Report of the Bombay Veterinary College
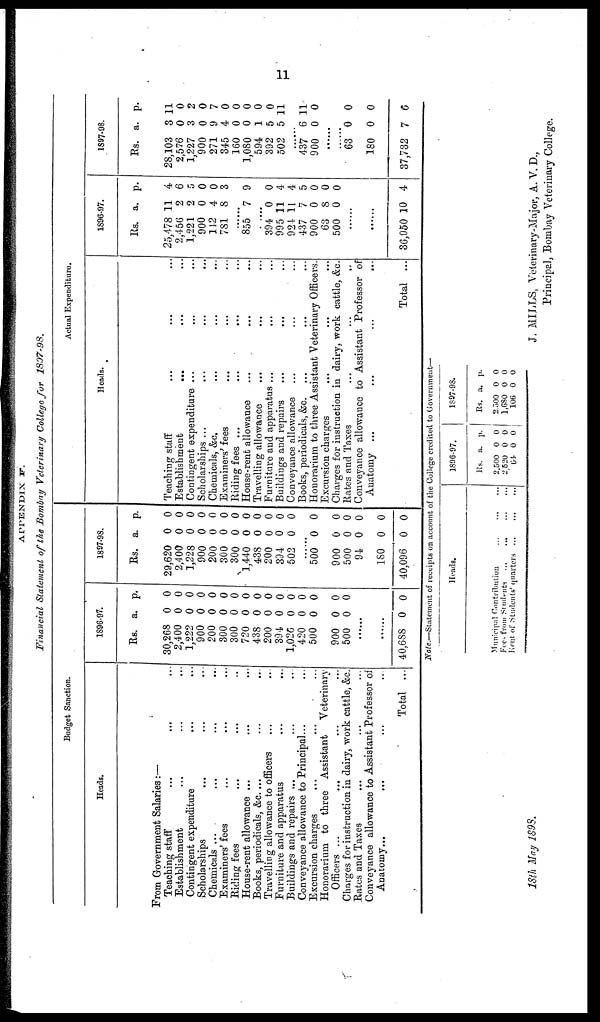
APPENDIX F.
Financial Statement of the Bombay Veterinary College for
1897-98.
Budget Sanction.
Heads.
From Government Salaries:—
Teaching staff ... ... ...
Establishment ... ... ...
Contingent expenditure ... ...
Scholarships ... ... ... ...
Chemicals ... ... ... ...
Examiners' fees ... ... ...
Riding fees ... ... ...
House-rent allowance ... ... ...
Books, periodicals, &c. ... ... ...
Travelling allowance to officers ... ...
Furniture and apparatus ... ...
Buildings and repairs ... ... ...
Conveyance allowance to Principal... ...
Excursion charges ... ... ...
Honorarium to three Assistant Veterinary
Officers ... ... ... ...
Charges for instruction in dairy, work cattle, &c.
Bates and Taxes ... ... ...
Conveyance allowance to Assistant Professor of
Anatomy... ... ... ...
Total ...
1896-97.
Rs.
30,268
2,400
1,222
900
200
300
300
720
438
200
394
1,026
420
500
900
500
a.
0
0
0
0
0
0
0
0
0
0
0
0
0
0
0
0
p.
0
0
0
0
0
0
0
0
0
0
0
0
0
0
0
0
......
......
40,688 0 0
1897-98.
Rs.
29,620
2,400
1,228
900
200
300
300
1,440
438
200
394
502
a.
0
0
0
0
0
0
0
0
0
0
0
0
p.
0
0
0
0
0
0
0
0
0
0
0
0
.......
500
900
500
94
180
40,096
0
0
0
0
0
0
0
0
0
0
0
0
Actual Expenditure.
Heads.
Teaching staff ... ... ...
Establishment ... ... ...
Contingent expenditure ... ... ...
Scholarships ... ... ... ...
Chemicals, &c. ... ... ...
Examiners' fees ... ... ...
Riding fees ... ... ... ...
House-rent allowance ... ... ...
Travelling allowance ... ... ...
Furniture and apparatus ... ... ...
Buildings and repairs ... ... ...
Conveyance allowance ... ... ...
Books, periodicals, &c. ... ... ...
Honorarium to three Assistant Veterinary Officers.
Excursion charges ... ... ...
Charges for instruction in dairy, work cattle, &c.
Rates and Taxes
...
...
...
Conveyance allowance to Assistant Professor of
Anatomy ...
...
...
...
Total ...
1896-97.
Rs.
25,478
2,456
1,221
900
142
781
a.
11
2
2
0
4
8
p.
4
6
5
0
0
3
......
855 7 9
......
394
995
924
437
900
63
500
0
11
11
7
0
8
0
0
4
4
5
0
0
0
....
....
36,050 10 4
1897-98.
Rs.
28,103
2,576
1,227
900
271
345
160
1,080
594
392
502
......
437
900
a.
3
0
3
0
9
4
0
0
1
5
5
6
0
p.
11
0
2
0
7
0
0
0
0
0
11
11
0
......
......
63
180
37,732
0
0
7
0
0
6
Note—Statement of receipts on account of the Colleen credited to Government—
Heads.
Municipal Contribution ... ... ...
Fees from Students ... ... ... ...
Rent of Students' quarters... ... ...
1896-97.
RS.
2,500
2,520
64
a.
0
0
0
p.
0
0
0
1897-98.
Rs.
2,500
1,680
106
a.
0
0
0
p.
0
0
0
18th May 1898.
MILLS, Veterinary-Major, A. V. D.,
Principal, Bombay Veterinary College.